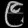
Digit: ၉